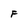
Character: F